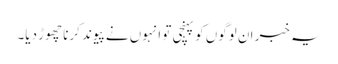
یہ خبر ان لوگوں کو پہنچی تو انہوں نے پیوند کرنا چھوڑ دیا۔